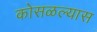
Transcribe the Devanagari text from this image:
कोसळल्यास